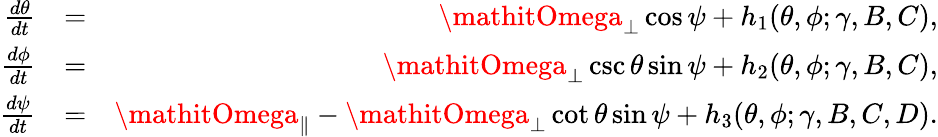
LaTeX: \begin{array}{rlr}{\frac{d\theta}{dt}}&{=}&{\mathitOmega_{\perp}\cos\psi+h_{1}(\theta,\phi;\gamma,B,C),}\\ {\frac{d\phi}{dt}}&{=}&{\mathitOmega_{\perp}\csc\theta\sin\psi+h_{2}(\theta,\phi;\gamma,B,C),}\\ {\frac{d\psi}{dt}}&{=}&{\mathitOmega_{\| }-\mathitOmega_{\perp}\cot\theta\sin\psi+h_{3}(\theta,\phi;\gamma,B,C,D).}\end{array}